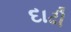
દાઢી